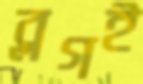
ব্লগই